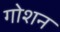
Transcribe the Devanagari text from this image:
गोशन